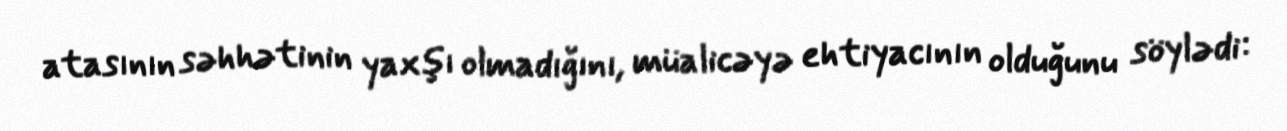
atasının səhhətinin yaxşı olmadığını, müalicəyə ehtiyacının olduğunu söylədi: